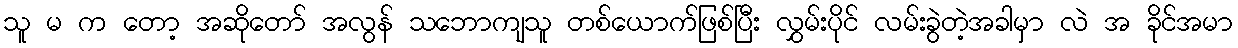
သူ မ က တော့ အဆိုတော် အလွန် သဘောကျသူ တစ်ယောက်ဖြစ်ပြီး လွှမ်းပိုင် လမ်းခွဲတဲ့အခါမှာ လဲ အ ခိုင်အမာ